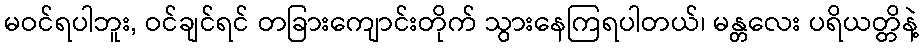
မဝင်ရပါဘူး, ဝင်ချင်ရင် တခြားကျောင်းတိုက် သွားနေကြရပါတယ်၊ မန္တလေး ပရိယတ္တိနဲ့